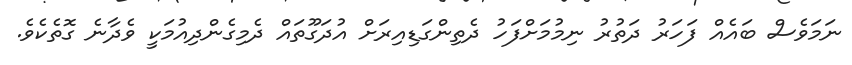
ނަމަވެސް ބައެއް ފަހަރު ދަތުރު ނިމުމަށްފަހު ދެތިންގަޑިއިރަށް އުދަގޫތައް ދެމިގެންދިއުމަކީ ވެދާނެ ގޮތެކެވެ.